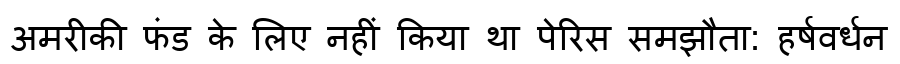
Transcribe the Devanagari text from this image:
अमरीकी फंड के लिए नहीं किया था पेरिस समझौता: हर्षवर्धन